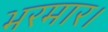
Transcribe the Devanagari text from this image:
भरमार।